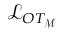
\mathcal { L } _ { O T _ { \mathcal { M } } }